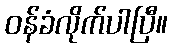
ဝန်ခံလိုက်ပါပြီ။